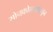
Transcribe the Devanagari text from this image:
सोनकोळ्यांकडून